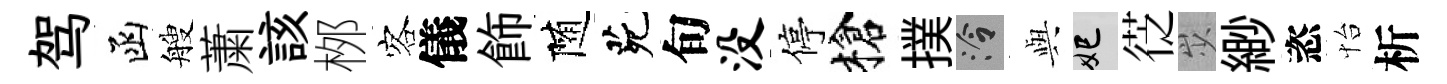
驾函艘䔥該桞客儀飾随茕旬没停槍撲泠𫤰妃徔𡵯緲恣怡析